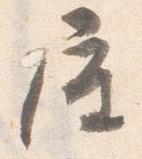
屋